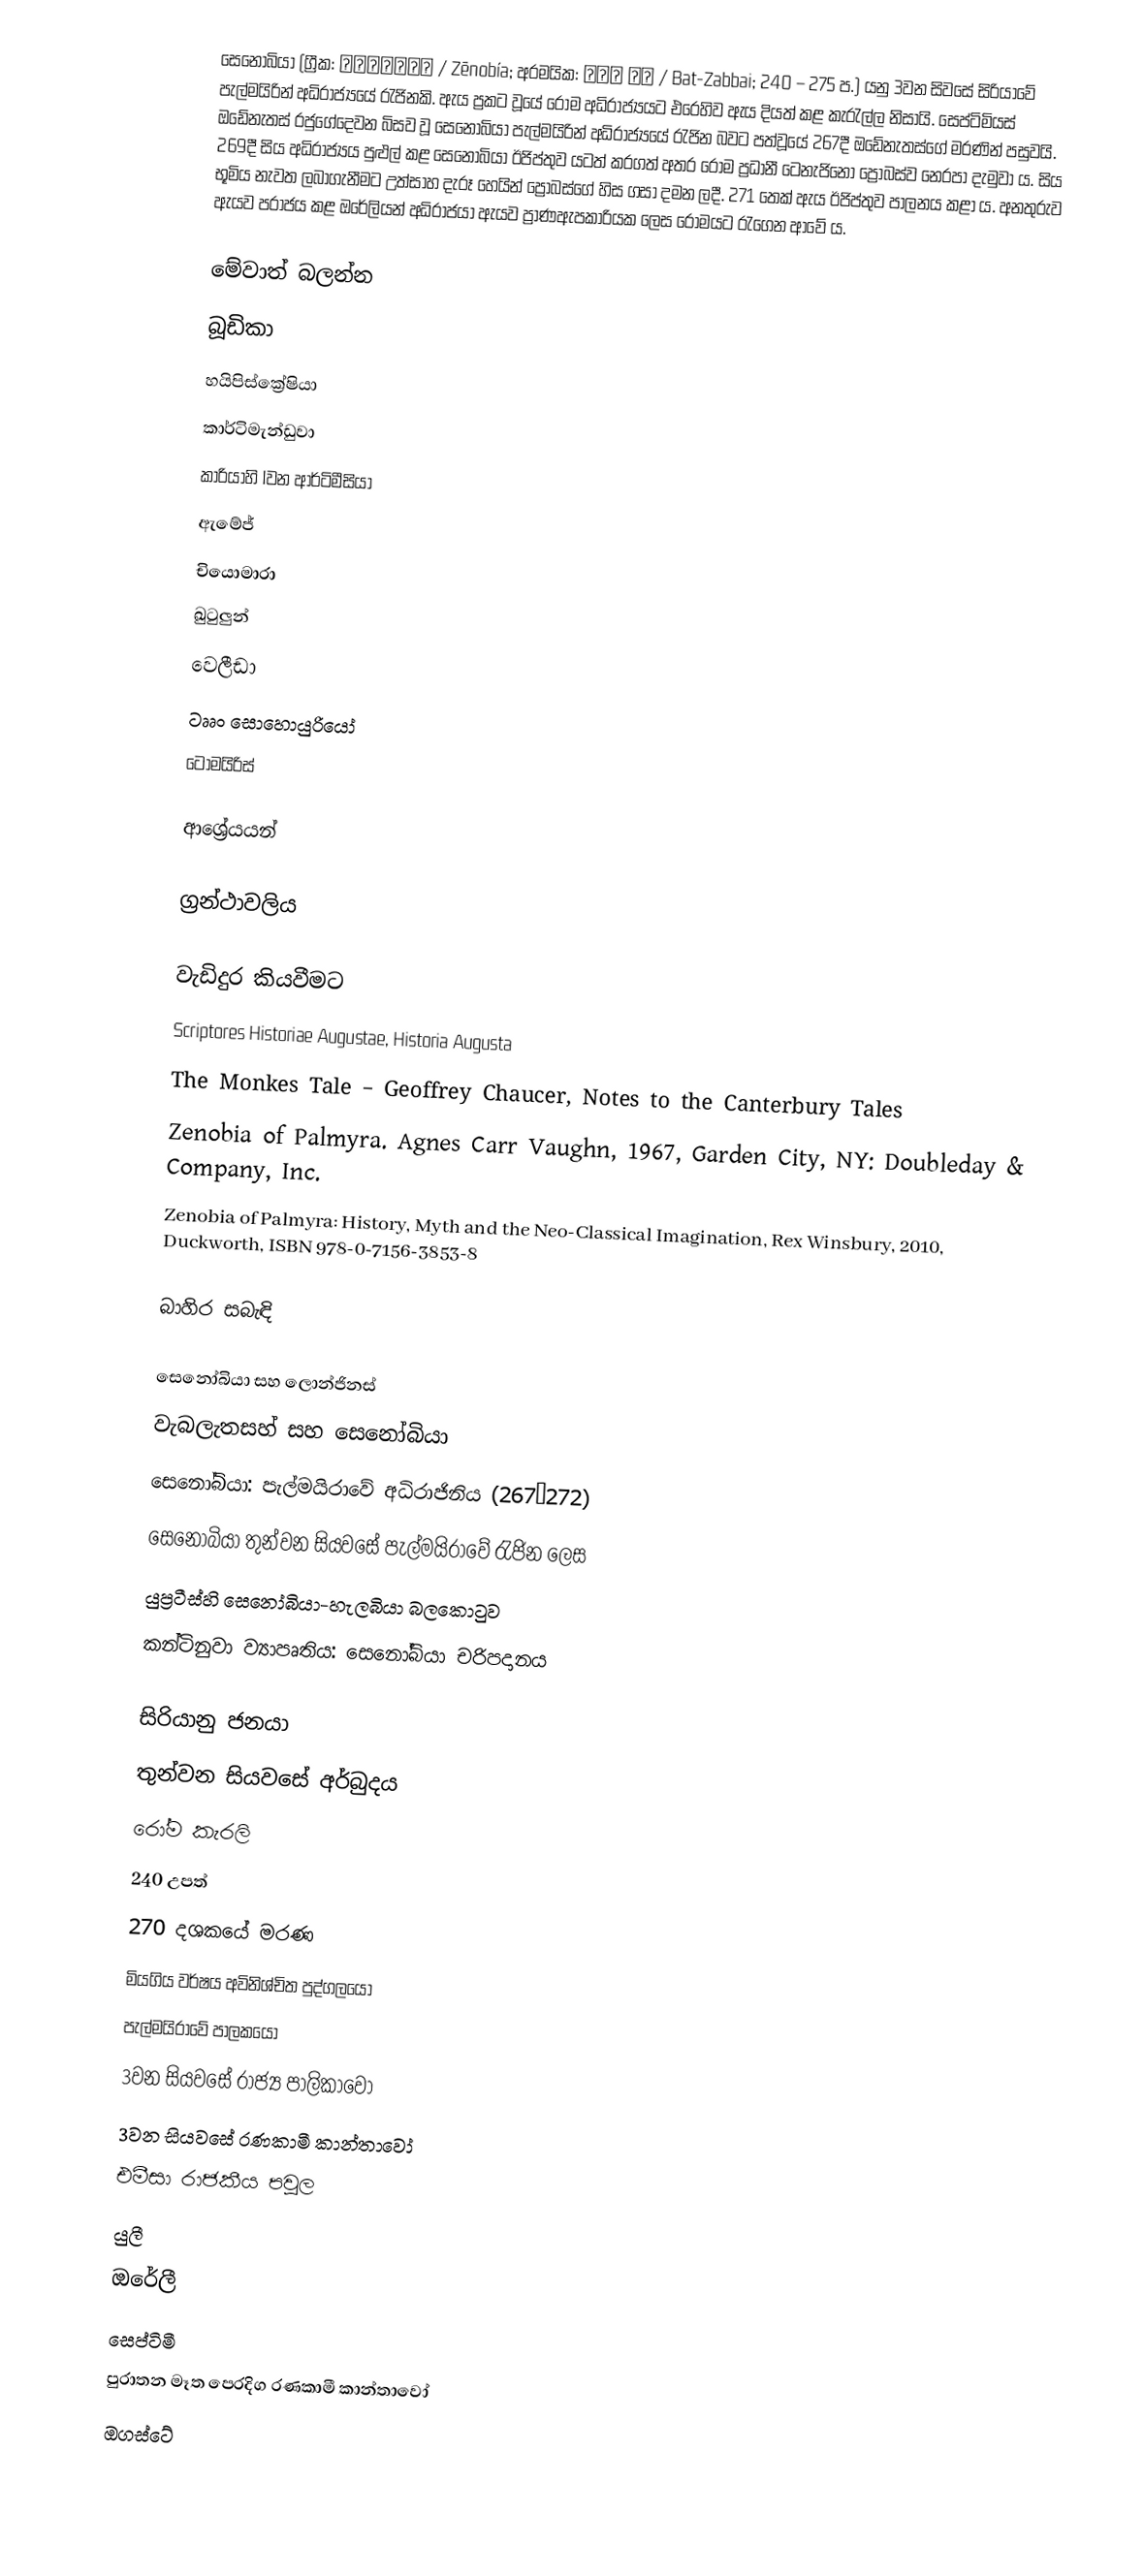
සෙනෝබියා (ග්‍රීක: Ζηνοβία / Zēnobía; අරමයික: בת זבי / Bat-Zabbai; 240 – 275 ප.) යනු 3වන සිවසේ සිරියාවේ පැල්මයිරින් අධිරාජ්‍යයේ රැජිනකි. ඇය ප්‍රකට වූයේ රෝම අධිරාජ්‍යයට එරෙහිව ඇය දියත් කළ කැරැල්ල නිසායි. සෙප්ටිමියස් ඔඩේනැතස් රජුගේදෙවන බිසව වූ සෙනෝබියා පැල්මයිරින් අධිරාජ්‍යයේ රැජින බවට පත්වූයේ 267දී ඔ‍ඩේනැතස්ගේ මරණින් පසුවයි. 269දී සිය අධිරාජ්‍යය පුළුල් කළ සෙනෝබියා ඊජිප්තුව යටත් කරගත් අතර රෝම ප්‍රධානී ටෙනැජිනෝ ප්‍රෝබස්ව නෙරපා දැමුවා ය. සිය භූමිය නැවත ලබාගැනීමට උත්සාහ දැරූ හෙයින් ප්‍රෝබස්ගේ හිස ගසා දමන ලදී. 271 තෙක් ඇය ඊජිප්තුව පාලනය කළා ය. අනතුරුව ඇයව පරාජය කළ ඔරේලියන් අධිරාජයා ඇයව ප්‍රාණඇපකාරියක ලෙස රෝමයට රැගෙන ආවේ ය.

මේවාත් බලන්න
 බූඩිකා
 හයිපිස්ක්‍රේෂියා
 කාර්ටිමැන්ඩුවා
 කාරියාහි Iවන ආර්ටිමීසියා
 ඇමේජ්
 චියොමාරා
 ඛුටුලුන්
 වෙලීඩා
 ටෲං සොහොයුරියෝ
 ටෝමයිරිස්

ආශ්‍රේයයන්

ග්‍රන්ථාවලිය

වැඩිදුර කියවීමට
Scriptores Historiae Augustae, Historia Augusta
The Monkes Tale – Geoffrey Chaucer, Notes to the Canterbury Tales
Zenobia of Palmyra. Agnes Carr Vaughn, 1967, Garden City, NY: Doubleday & Company, Inc.
Zenobia of Palmyra: History, Myth and the Neo-Classical Imagination, Rex Winsbury, 2010, Duckworth, ISBN 978-0-7156-3853-8

බාහිර සබැඳි

සෙනෝබියා සහ ලොන්ජිනස්
වැබලැතසහ් සහ සෙනෝබියා
සෙනෝබියා: පැල්මයිරාවේ අධිරාජිනිය (267–272)
සෙනෝබියා තුන්වන සියවසේ පැල්මයිරාවේ රැජින ලෙස
යුප්‍රටීස්හි සෙනෝබියා-හැලබියා ‍බලකොටුව
කන්ටිනුවා ව්‍යාපෘතිය: සෙනෝබියා චරිපදානය

සිරියානු ජනයා
තුන්වන සියවසේ අර්බුදය
රෝම කැරලි
240 උපත්
270 දශ‍කයේ මරණ
මියගිය වර්ෂය ‍අවිනිශ්චිත පුද්ගලයෝ
පැල්මයිරාවේ පාලකයෝ
3වන සියවසේ රාජ්‍ය පාලිකාවෝ
3වන සියවසේ රණකාමී කාන්තාවෝ
එමීසා රාජකීය පවුල
යුලී
ඔරේලී
සෙප්ටිමී
පුරාතන මෑත පෙරදිග රණකාමී කාන්තාවෝ
ඔගස්ටේ